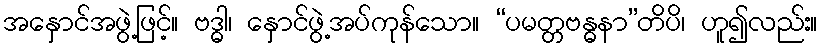
အနှောင်အဖွဲ့ဖြင့်။ ဗဒ္ဓါ၊ နှောင်ဖွဲ့အပ်ကုန်သော။ “ပမတ္တဗန္ဓနာ”တိပိ၊ ဟူ၍လည်း။